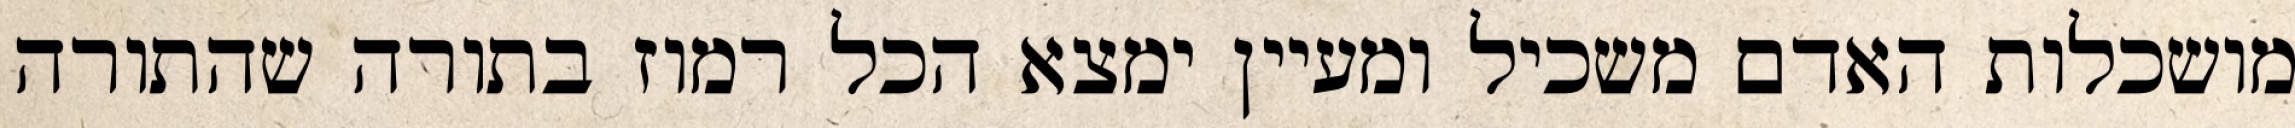
מושכלות האדם משכיל ומעיין ימצא הכל רמוז בתורה שהתורה